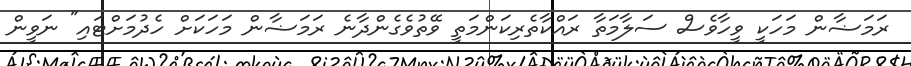
ރަމަޟާން މަހަކީ ވީހާވެސް ސަލާމަތާ ރައްކާތެރިކަންމަތީ ވޭތުވެގެންދާނެ ރަމަޟާން މަހަކަށް ހެދުމަށްޓައި" ނަވީން